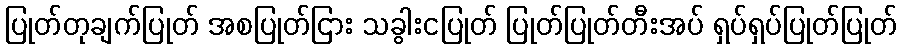
ပြုတ်တုချက်ပြုတ် အစပြုတ်ငြား သခွါးငပြုတ် ပြုတ်ပြုတ်တီးအပ် ရှပ်ရှပ်ပြုတ်ပြုတ်